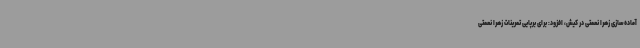
آماده‌سازی زهرا نعمتی در کیش، افزود: برای برپایی تمرینات زهرا نعمتی